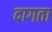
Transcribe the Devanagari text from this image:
दागता